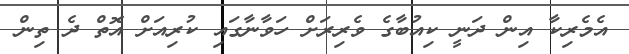
އެމެރިކާ އިން ދަނީ ކިއުބާގެ ވެރިރަށް ހަވާނާގައި ކުރިއަށް އޮތް ދެ ތިން